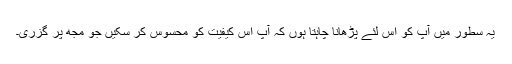
یہ سطور میں آپ کو اس لئے پڑھانا چاہتا ہوں کہ آپ اس کیفیت کو محسوس کر سکیں جو مجھ پر گزری۔